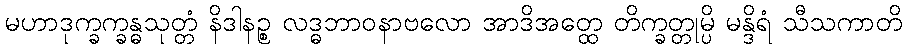
မဟာဒုက္ခက္ခန္ဓသုတ္တံ နိဒါနဉ္စ လဒ္ဓဘာဝနာဗလော အာဒိအတ္ထေ တိက္ခတ္တုမ္ပိ မန္ဒိရံ သီသကာတိ